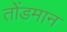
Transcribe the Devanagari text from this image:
तोंडमान